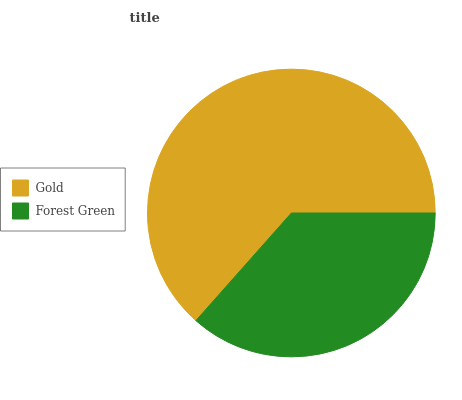
| Gold | Forest Green |
 | --- | --- |
 | 63.4% | 36.6% |